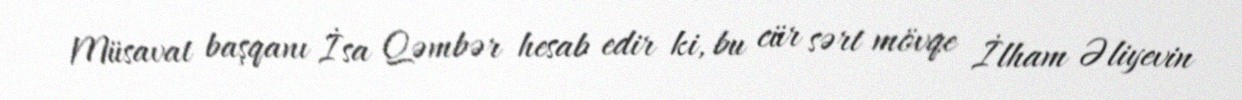
Müsavat başqanı İsa Qəmbər hesab edir ki, bu cür sərt mövqe İlham Əliyevin